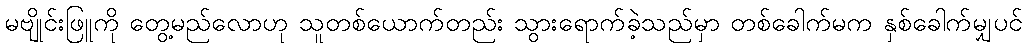
မဗျိုင်းဖြူကို တွေ့မည်လောဟု သူတစ်ယောက်တည်း သွားရောက်ခဲ့သည်မှာ တစ်ခေါက်မက နှစ်ခေါက်မျှပင်